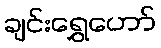
ချင်းရွှေဟော်